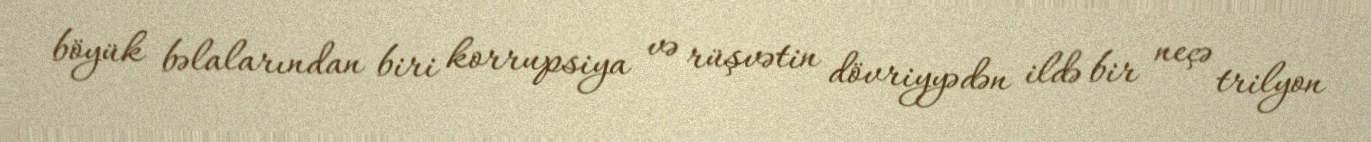
böyük bəlalarından biri korrupsiya və rüşvətin dövriyyədən ildə bir neçə trilyon